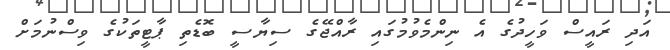
އަދި ރައީސް ވަހީދުގެ އެ ނިންމެވުމުގައި ރާއްޖޭގެ ސިޔާސީ ބޮޑެތި ޕާޓީތަކުގެ ވިސްނުމަށް